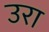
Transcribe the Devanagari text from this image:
उरा